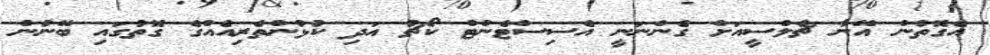
އެގޮތުން އޭނާ ޗެލްސީއަށް ގެންނަނީ އެސިސްޓެންޓް ކޯޗު އަދި ކުޅުންތެރިއެއްގެ ގޮތުގައި ބޭނުން